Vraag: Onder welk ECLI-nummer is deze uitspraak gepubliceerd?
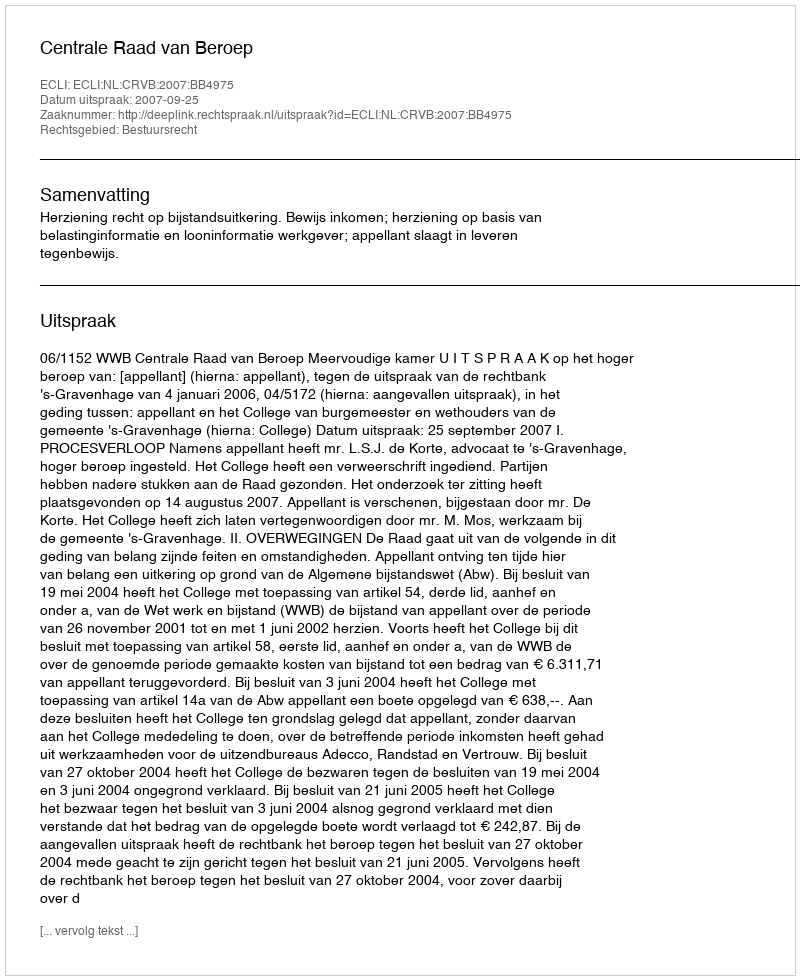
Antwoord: ECLI:NL:CRVB:2007:BB4975